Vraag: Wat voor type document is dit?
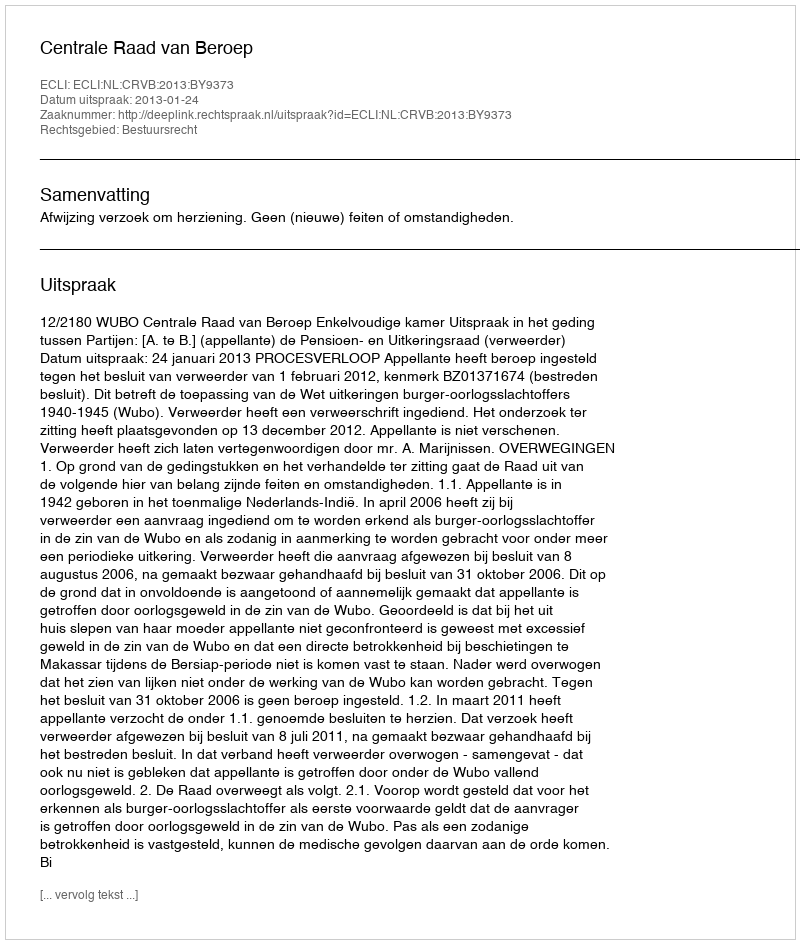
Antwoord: Uitspraak